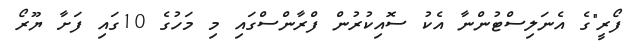
ފޯރީ"ގެ އެނަލިސްޓުންނާ އެކު ސޮއިކުރުން ފްރާންސްގައި މި މަހުގެ 10ގައި ފަށާ ޔޫރޯ